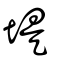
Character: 堤